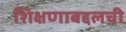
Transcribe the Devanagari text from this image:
शिक्षणाबद्दलची